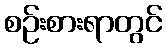
စဉ်းစားရာတွင်